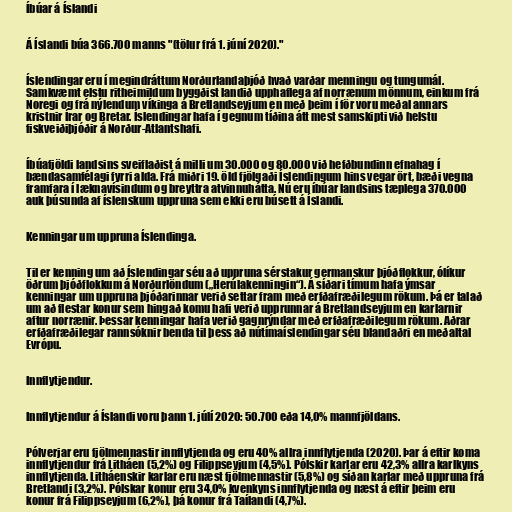
Íbúar á Íslandi

Á Íslandi búa 366.700 manns "(tölur frá 1. júní 2020)."

Íslendingar eru í megindráttum Norðurlandaþjóð hvað varðar menningu og tungumál.
Samkvæmt elstu ritheimildum byggðist landið upphaflega af norrænum mönnum, einkum frá
Noregi og frá nýlendum víkinga á Bretlandseyjum en með þeim í för voru meðal annars
kristnir Írar og Bretar. Íslendingar hafa í gegnum tíðina átt mest samskipti við helstu
fiskveiðiþjóðir á Norður-Atlantshafi.

Íbúafjöldi landsins sveiflaðist á milli um 30.000 og 80.000 við hefðbundinn efnahag í
bændasamfélagi fyrri alda. Frá miðri 19. öld fjölgaði Íslendingum hins vegar ört, bæði vegna
framfara í læknavísindum og breyttra atvinnuhátta. Nú eru íbúar landsins tæplega 370.000
auk þúsunda af íslenskum uppruna sem ekki eru búsett á Íslandi.

Kenningar um uppruna Íslendinga.

Til er kenning um að Íslendingar séu að uppruna sérstakur germanskur þjóðflokkur, ólíkur
öðrum þjóðflokkum á Norðurlöndum („Herúlakenningin“). Á síðari tímum hafa ýmsar
kenningar um uppruna þjóðarinnar verið settar fram með erfðafræðilegum rökum. Þá er talað
um að flestar konur sem hingað komu hafi verið upprunnar á Bretlandseyjum en karlarnir
aftur norrænir. Þessar kenningar hafa verið gagnrýndar með erfðafræðilegum rökum. Aðrar
erfðafræðilegar rannsóknir benda til þess að nútímaíslendingar séu blandaðri en meðaltal
Evrópu.

Innflytjendur.

Innflytjendur á Íslandi voru þann 1. júlí 2020: 50.700 eða 14,0% mannfjöldans.

Pólverjar eru fjölmennastir innflytjenda og eru 40% allra innflytjenda (2020). Þar á eftir koma
innflytjendur frá Litháen (5,2%) og Filippseyjum (4,5%). Pólskir karlar eru 42,3% allra karlkyns
innflytjenda. Litháenskir karlar eru næst fjölmennastir (5,8%) og síðan karlar með uppruna frá
Bretlandi (3,2%). Pólskar konur eru 34,0% kvenkyns innflytjenda og næst á eftir þeim eru
konur frá Filippseyjum (6,2%), þá konur frá Taílandi (4,7%).